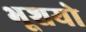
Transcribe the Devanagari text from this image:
भूशयो